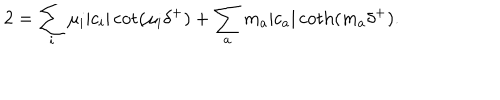
2 = \sum _ { i } \mu _ { i } | c _ { i } | \cot ( \mu _ { i } \delta ^ { + } ) + \sum _ { a } m _ { a } | c _ { a } | \coth ( m _ { a } \delta ^ { + } ) .